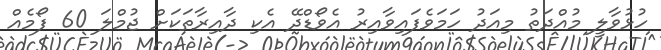
ހުޅުވާލީ މުއްދަތު މިއަދު ހަމަވެފައިވާއިރު އެވޯޑްދޭ އެކި ދާއިރާތަކަށް ޖުމްލަ 60 ފޯމެއް